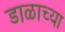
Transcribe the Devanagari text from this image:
डाळाच्या